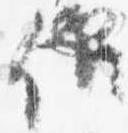
候